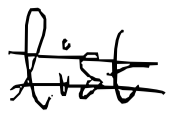
Text: list
Cross-out: double-line
Writing tool: digital_black